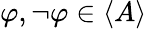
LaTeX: \varphi,\lnot\varphi\in\langle A\rangle